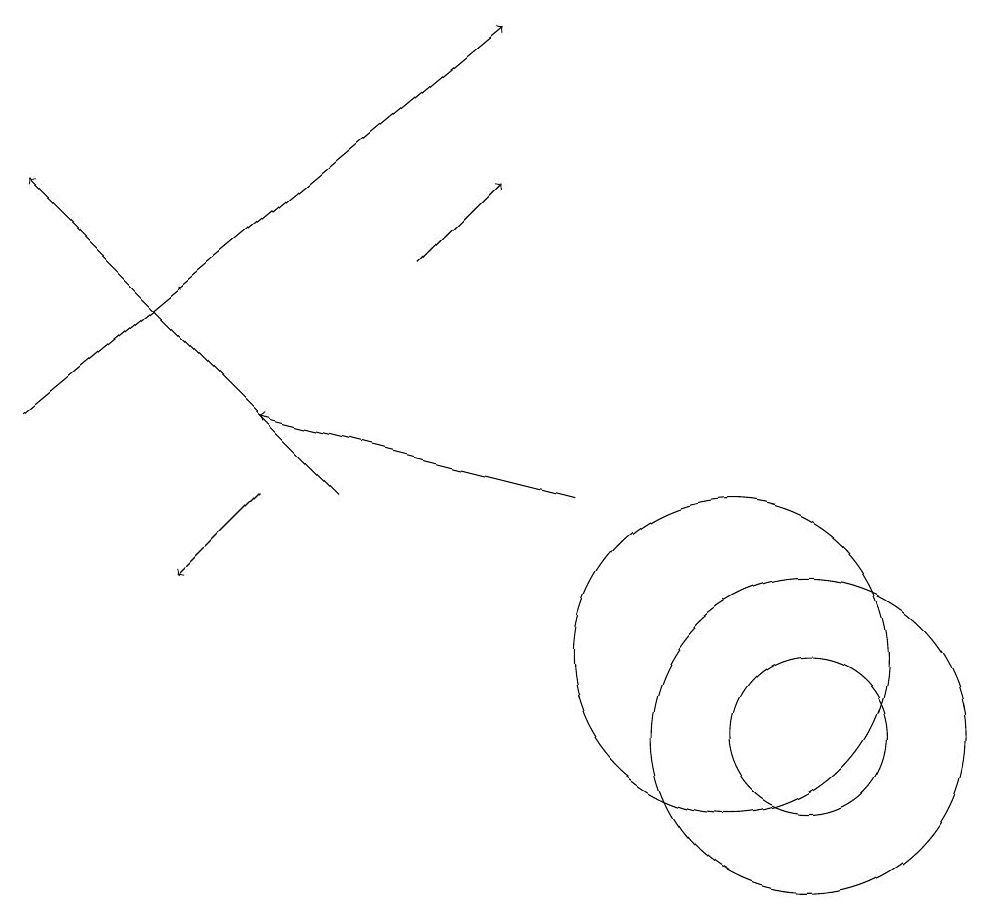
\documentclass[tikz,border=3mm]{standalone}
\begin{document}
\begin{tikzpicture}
\draw (10,11) circle (2);
\draw[->] (1,14) -- (7,19);
\draw (11,10) circle (1);
\draw (11,10) circle (2);
\draw[->] (4,13) -- (3,12);
\draw[->] (6,16) -- (7,17);
\draw[->] (8,13) -- (4,14);
\draw[->] (5,13) -- (1,17);
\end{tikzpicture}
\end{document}